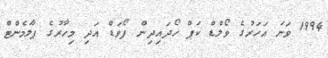
1994 ވަނަ އަހަރުގެ ވޯލްޑް ކަޕް ހޯދައިދިން ފޯވަޑް އަދި މިހާރުގެ ޕާލަމެންޓް